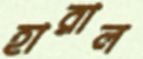
হারাল